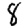
Digit: 8